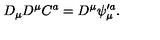
D _ { \mu } D ^ { \mu } C ^ { a } = D ^ { \mu } \psi _ { \mu } ^ { \prime a } .